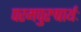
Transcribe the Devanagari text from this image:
परमपुरुषार्थः